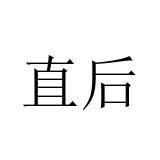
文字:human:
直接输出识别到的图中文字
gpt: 直后